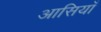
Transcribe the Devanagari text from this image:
आसियाँ